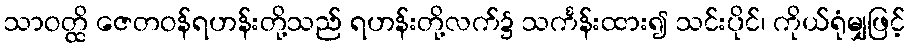
သာဝတ္ထိ ဇေတဝန်ရဟန်းတို့သည် ရဟန်းတို့လက်၌ သင်္ကန်းထား၍ သင်းပိုင်၊ ကိုယ်ရုံမျှဖြင့်